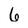
Character: 6